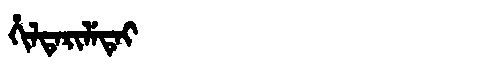
Manchu: ᡥᡳᠯᡨᡝᡵᡳᠯᡝᡨᡝᡳ
Romanization: HILTERILETEI